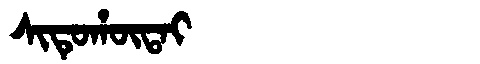
Manchu: ᠰᡳᡨᡠᡥᡡᡨᠠᡳ
Romanization: SITUHŪTAI